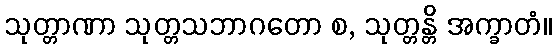
သုတ္တာဏာ သုတ္တသဘာဂတော စ, သုတ္တန္တိ အက္ခာတံ။